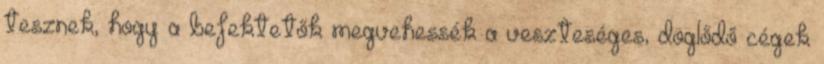
tesznek, hogy a befektetők megvehessék a veszteséges, döglődő cégek